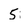
Character: 5